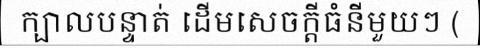
ក្បាលបន្ទាត់ ដើមសេចក្តីធំនីមួយៗ (